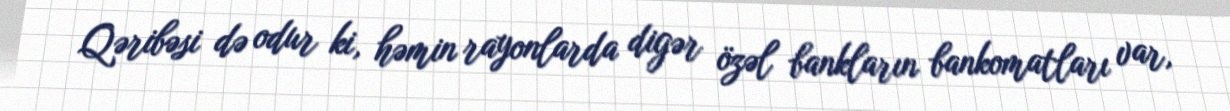
Qəribəsi də odur ki, həmin rayonlarda digər özəl bankların bankomatları var,